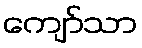
ကျော်သာ